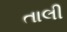
તાલી